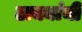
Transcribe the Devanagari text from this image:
टाक्यांनी